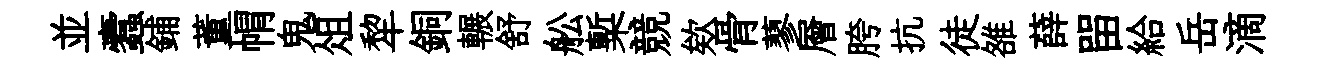
並蠧鋪董㡌鬼俎犂銅輾舒舩槧競欸骨蓼層胯抗徒雒薛㽞給岳滴